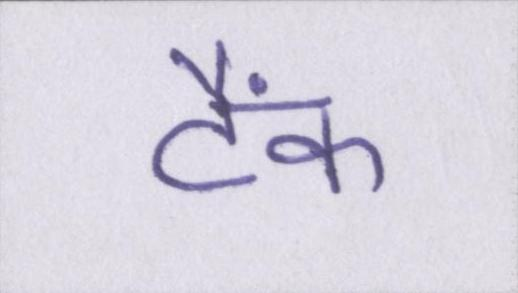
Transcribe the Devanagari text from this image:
टैंक